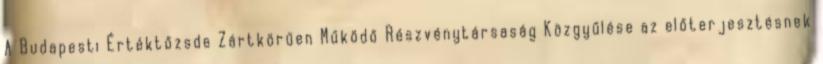
A Budapesti Értéktőzsde Zártkörűen Működő Részvénytársaság Közgyűlése az előterjesztésnek